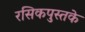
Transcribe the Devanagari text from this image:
रसिकपुस्तके